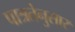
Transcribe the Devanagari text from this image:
पात्रतेनुसार